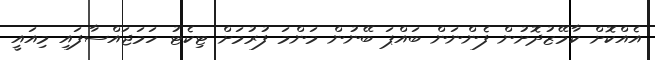
އެއްކޮށް ކާމޭޒުދޮށުން ފެންނަން ބައްޕަ ބޭނުން މަންމަ ފުރުމަށް ޓިކެޓު ހަމަޖައްސާފައި މިއައީ